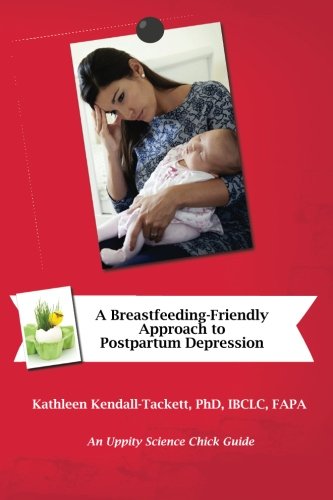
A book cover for A Breastfeeding-Friendly Approach to Postpartum Depression: A Resource Guide for Health Care Providers; Kathleen Kendall-Tackett; Health, Fitness & Dieting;